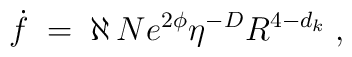
\dot{f} \;=\; \aleph\, Ne^{2\phi}\eta^{-D}R^{4-d_{k}} \; ,